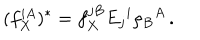
( f _ { X } ^ { i A } ) ^ { * } = f _ { X } ^ { j B } E _ { j } { } ^ { i } \rho _ { B } { } ^ { A } \, .